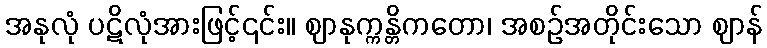
အနုလုံ ပဋိလုံအားဖြင့်၎င်း။ ဈာနုက္ကန္တိကတော၊ အစဉ်အတိုင်းသော ဈာန်